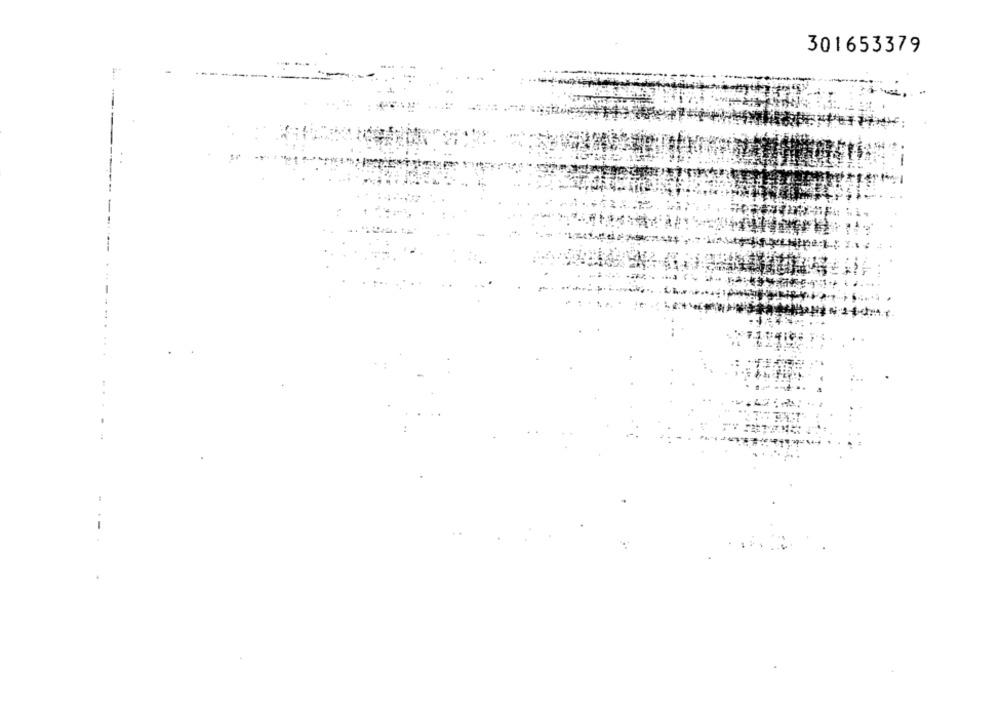
301653379